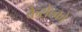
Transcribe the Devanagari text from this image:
कैरोल्को